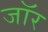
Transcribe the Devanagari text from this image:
जॉर